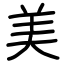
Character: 美